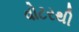
વોટરથી